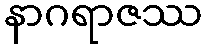
နာဂရာဇဿ